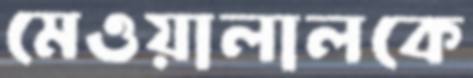
মেওয়ালালকে